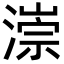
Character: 漴